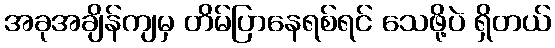
အခုအချိန်ကျမှ တိမ်ပြာနေရစ်ရင် သေဖို့ပဲ ရှိတယ်